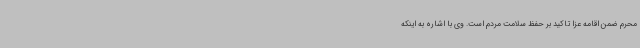
محرم ضمن اقامه عزا تاکید بر حفظ سلامت مردم است. وی با اشاره به اینکه